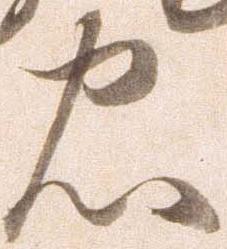
忠